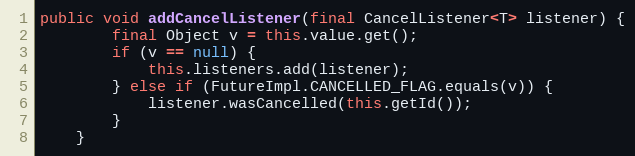
Language: Java
public void addCancelListener(final CancelListener<T> listener) {
		final Object v = this.value.get();
		if (v == null) {
			this.listeners.add(listener);
		} else if (FutureImpl.CANCELLED_FLAG.equals(v)) {
			listener.wasCancelled(this.getId());
		}
	}